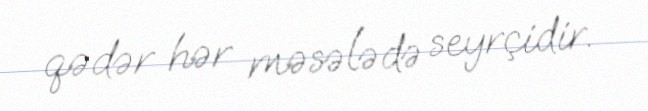
qədər hər məsələdə seyrçidir.